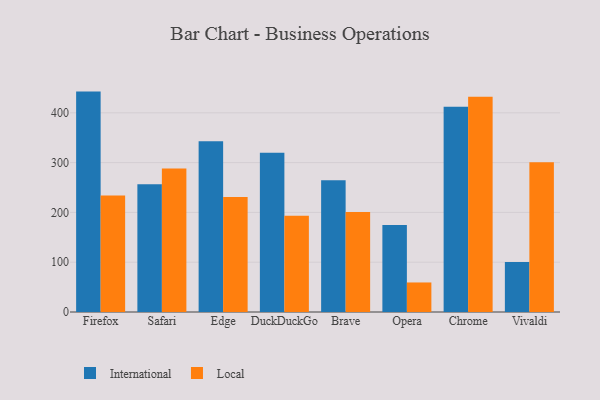
{"axis": {"x": "Browser", "y": "Headcount"}, "legend": ["International", "Local"], "data": [{"x": "Firefox", "y": 442.6, "type": "International"}, {"x": "Firefox", "y": 234.0, "type": "Local"}, {"x": "Safari", "y": 256.6, "type": "International"}, {"x": "Safari", "y": 288.1, "type": "Local"}, {"x": "Edge", "y": 342.9, "type": "International"}, {"x": "Edge", "y": 230.8, "type": "Local"}, {"x": "DuckDuckGo", "y": 320.0, "type": "International"}, {"x": "DuckDuckGo", "y": 193.3, "type": "Local"}, {"x": "Brave", "y": 264.4, "type": "International"}, {"x": "Brave", "y": 200.6, "type": "Local"}, {"x": "Opera", "y": 174.6, "type": "International"}, {"x": "Opera", "y": 59.3, "type": "Local"}, {"x": "Chrome", "y": 412.3, "type": "International"}, {"x": "Chrome", "y": 432.1, "type": "Local"}, {"x": "Vivaldi", "y": 100.3, "type": "International"}, {"x": "Vivaldi", "y": 300.9, "type": "Local"}]}